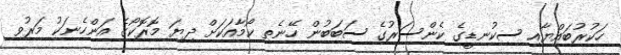
ހަކުރުބައްޔާއި ސިކުނޑީގެ ކެންސަރުގެ ސަބަބުން ހޭނެތި ކޯމާއަކަށް ދިޔަ މޮރޮކޯގެ އަންހެނަކު މަރުވި